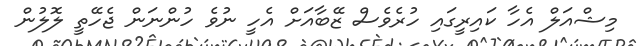
މިޝްއަލް އެހާ ކައިރީގައި ހުރެވެސް ޒޭބާއަށް އެހީ ނުވެ ހުންނަން ޖެހޭތީ ލޮލުން